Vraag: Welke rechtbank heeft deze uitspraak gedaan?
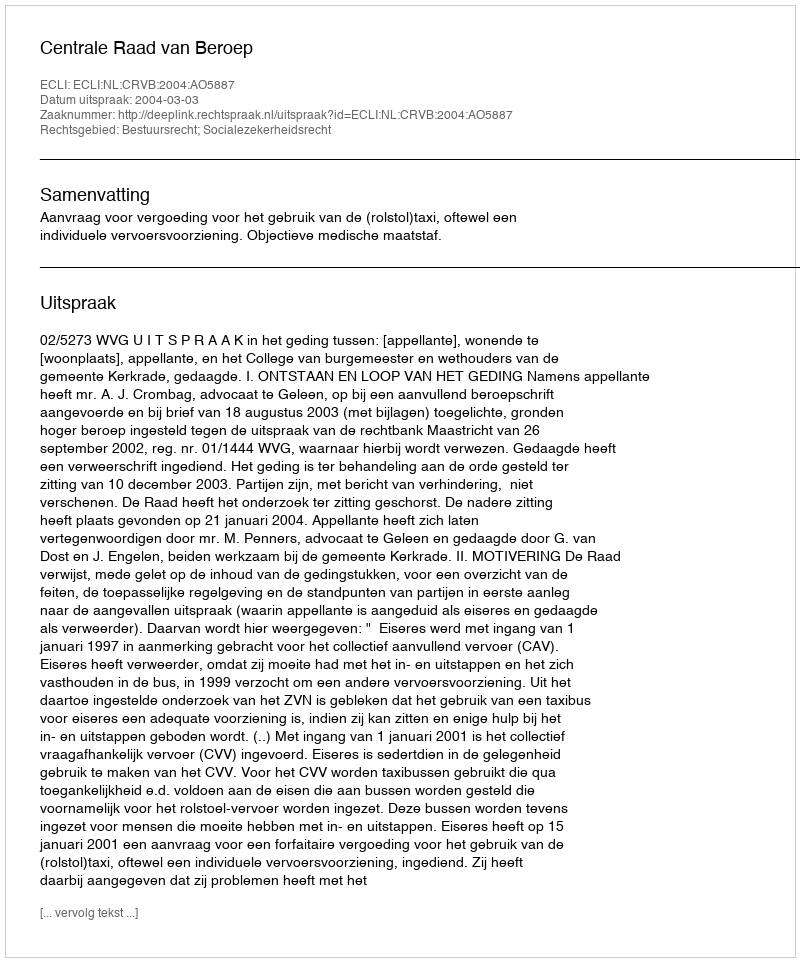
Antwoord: Centrale Raad van Beroep